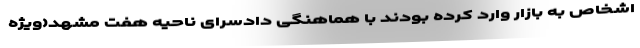
اشخاص به بازار وارد کرده بودند با هماهنگی دادسرای ناحیه هفت مشهد(ویژه